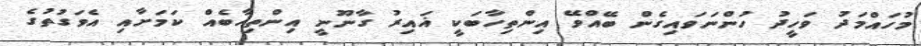
މުހައްމަދު ވަހީދު ހުންނަވައިގެން ބޭއްވޭ އިންތިހާބަކީ ޣައިރު ގާނޫނީ އިންތިޚާބެއް ކަމަށާއި އެވަގުތުގެ